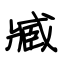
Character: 臧